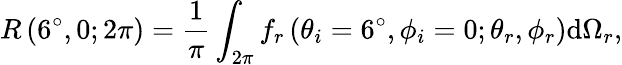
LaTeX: R\left(6^{\circ},0;2\pi\right)=\frac{1}{\pi}\int_{2\pi}f_{r}\left(\theta_{i}=6^{\circ},\phi_{i}=0;\theta_{r},\phi_{r}\right)\mathrm{d}\Omega_{r},